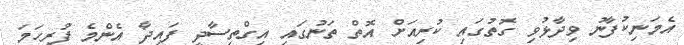
އެމަނިކުފާނު ވިދާޅުވި ގޮތުގައި ކުރިއަށް އޮތް ތަނުގައި އިގްތިސާދީ ފައިދާ އެންމެ ފުރިހަމަ